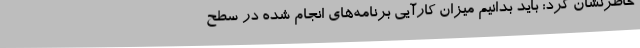
خاطرنشان کرد: باید بدانیم میزان کارآیی برنامه‌های انجام شده در سطح